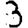
Digit: 3